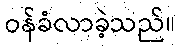
ဝန်ခံလာခဲ့သည်။